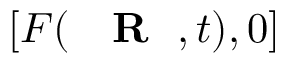
[ { \cal F } ( \mathrm { ~ { ~ \bf ~ R ~ } ~ } , t ) , 0 ]